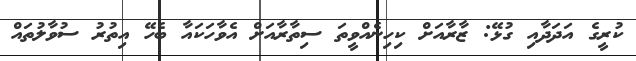
ކުރީގެ އަދަދާއި ގުޅޭ: ޒާރާއަށް ކިހިނެއްވީތަ ސިތާރާއަށް އެވާހަކައާ ބެހޭ އިތުރު ސުވާލުތައް